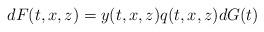
LaTeX: \begin{align*}dF(t,x,z)=y(t,x,z)q(t,x,z) dG(t)\end{align*}